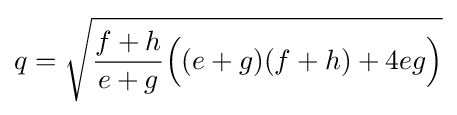
\displaystyle q={\sqrt {{\frac {f+h}{e+g}}{\Big (}(e+g)(f+h)+4eg{\Big )}}}